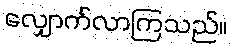
လျှောက်လာကြသည်။